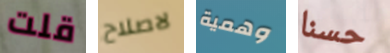
قلت لاصلاح وهمية حسنا